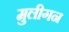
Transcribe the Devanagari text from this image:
मुलीगन